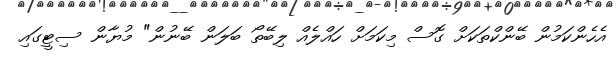
އެހެންކަމުން ބޭންކްތަކަށް ގޮސް މިކަމަށް ހައްލެއް ލިބޭތޯ ބަލަން ބޭނުން" މުޔާން ސިޓީގައި